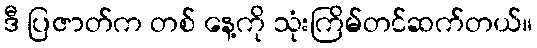
ဒီ ပြဇာတ်က တစ် နေ့ကို သုံးကြိမ်တင်ဆက်တယ်။